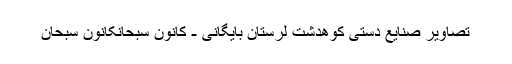
تصاویر صنایع دستی کوهدشت لرستان بایگانی - کانون سبحانکانون سبحان